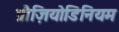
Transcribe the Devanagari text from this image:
प्रौज़ियोडिनियम